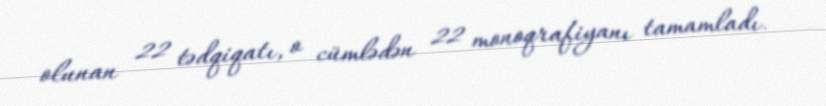
olunan 22 tədqiqatı, o cümlədən 22 monoqrafiyanı tamamladı.